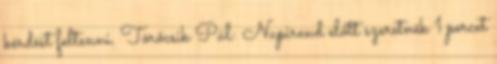
kérdést feltenni. Törőcsik Pál: Napirend előtt szeretnék 1 percet